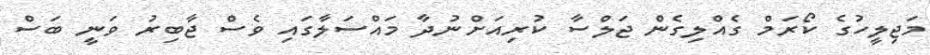
މަޖިލީހުގެ ކޯރަމް ގެއްލިގެން ޖަލްސާ ކުރިއަށްނުދާ މައްސަލާގައި ވެސް ޖާބިރު ވަނީ ބަސް